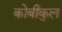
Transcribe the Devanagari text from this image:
कोबीकुल